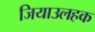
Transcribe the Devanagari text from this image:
जियाउलहक